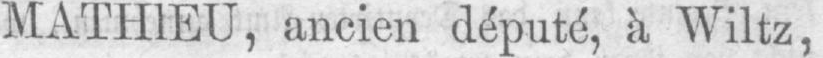
MATHIEU, ancien député, à Wiltz,